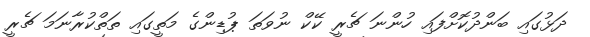
ދަޅުގައި ބަންދުކޮށްފައި ހުންނަ ޗެރީ ކޭކް ނުވަތަ ޕުޑިންގެ މަތީގައި ތަތްކުރާނަމަ ޗެރީ